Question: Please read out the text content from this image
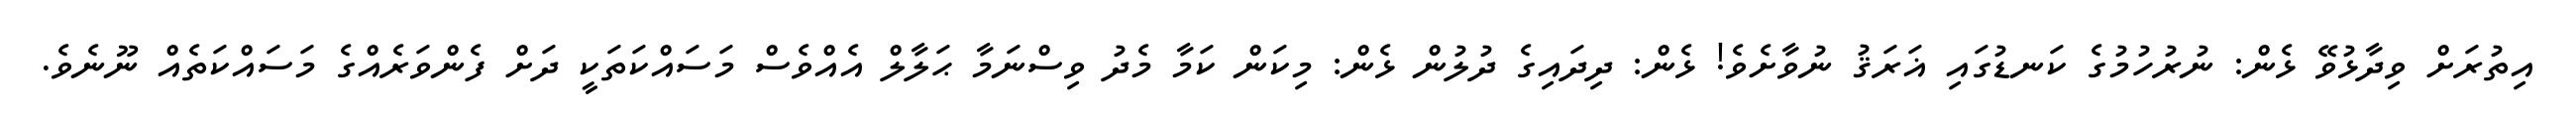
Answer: އިތުރަށް ވިދާޅުވޭ ޅެން: ނުރުހުމުގެ ކަނޑުގައި ޣަރަޤު ނުވާށެވެ! ޅެން: ދިދައިގެ ދުލުން ޅެން: މިކަން ކަމާ މެދު ވިސްނަމާ ޙަލާލް އެއްވެސް މަސައްކަތަކީ ދަށް ފެންވަރެއްގެ މަސައްކަތެއް ނޫނެވެ.